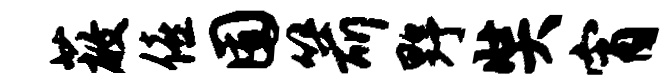
蔽僖囿箭野奘宵